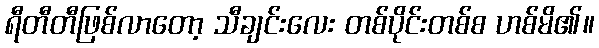
ရီတီတီဖြစ်လာတော့ သီချင်းလေး တစ်ပိုင်းတစ်စ ဟစ်မိ၏။